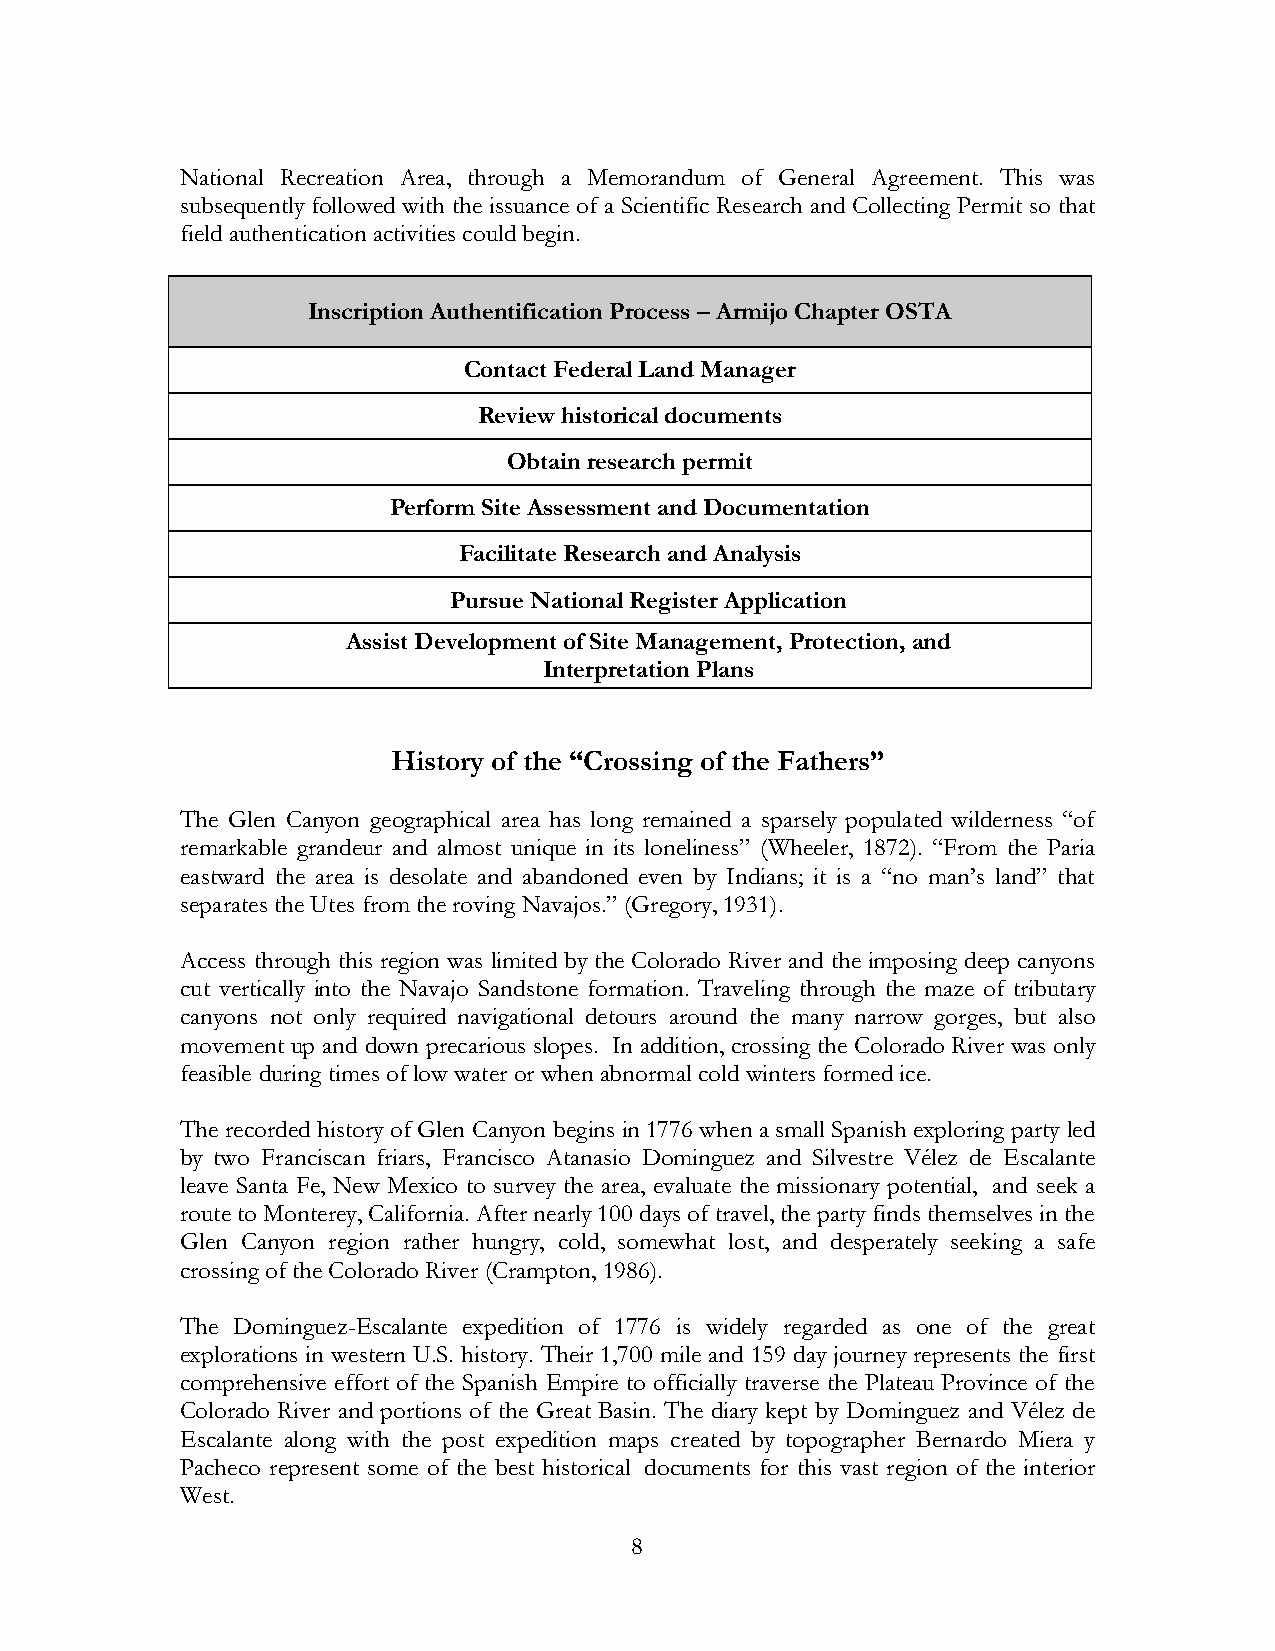
National Recreation Area, through a Memorandum of General Agreement. This was
 subsequently followed with the issuance of a Scientific Research and Collecting Permit so that
 field authentication activities could begin.
 Inscription Authentification Process – Armijo Chapter OSTA
 Contact Federal Land Manager
 Review historical documents
 Obtain research permit
 Perform Site Assessment and Documentation
 Facilitate Research and Analysis
 Pursue National Register Application
 Assist Development of Site Management, Protection, and
 Interpretation Plans
 History of the “Crossing of the Fathers”
 The Glen Canyon geographical area has long remained a sparsely populated wilderness “of
 remarkable grandeur and almost unique in its loneliness” (Wheeler, 1872). “From the Paria
 eastward the area is desolate and abandoned even by Indians; it is a “no man’s land” that
 separates the Utes from the roving Navajos.” (Gregory, 1931).
 Access through this region was limited by the Colorado River and the imposing deep canyons
 cut vertically into the Navajo Sandstone formation. Traveling through the maze of tributary
 canyons not only required navigational detours around the many narrow gorges, but also
 movement up and down precarious slopes. In addition, crossing the Colorado River was only
 feasible during times of low water or when abnormal cold winters formed ice.
 The recorded history of Glen Canyon begins in 1776 when a small Spanish exploring party led
 by two Franciscan friars, Francisco Atanasio Dominguez and Silvestre Vélez de Escalante
 leave Santa Fe, New Mexico to survey the area, evaluate the missionary potential, and seek a
 route to Monterey, California. After nearly 100 days of travel, the party finds themselves in the
 Glen Canyon region rather hungry, cold, somewhat lost, and desperately seeking a safe
 crossing of the Colorado River (Crampton, 1986).
 The Dominguez-Escalante expedition of 1776 is widely regarded as one of the great
 explorations in western U.S. history. Their 1,700 mile and 159 day journey represents the first
 comprehensive effort of the Spanish Empire to officially traverse the Plateau Province of the
 Colorado River and portions of the Great Basin. The diary kept by Dominguez and Vélez de
 Escalante along with the post expedition maps created by topographer Bernardo Miera y
 Pacheco represent some of the best historical documents for this vast region of the interior
 West.
 8